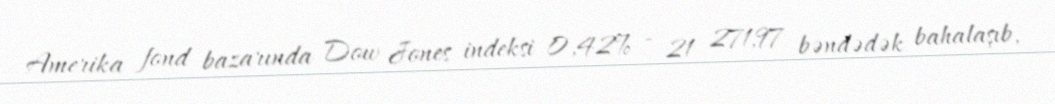
Amerika fond bazarında Dow Jones indeksi 0,42% - 21 271,97 bəndədək bahalaşıb,